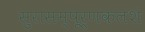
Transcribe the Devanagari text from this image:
सुरासम्पूर्णकलशं